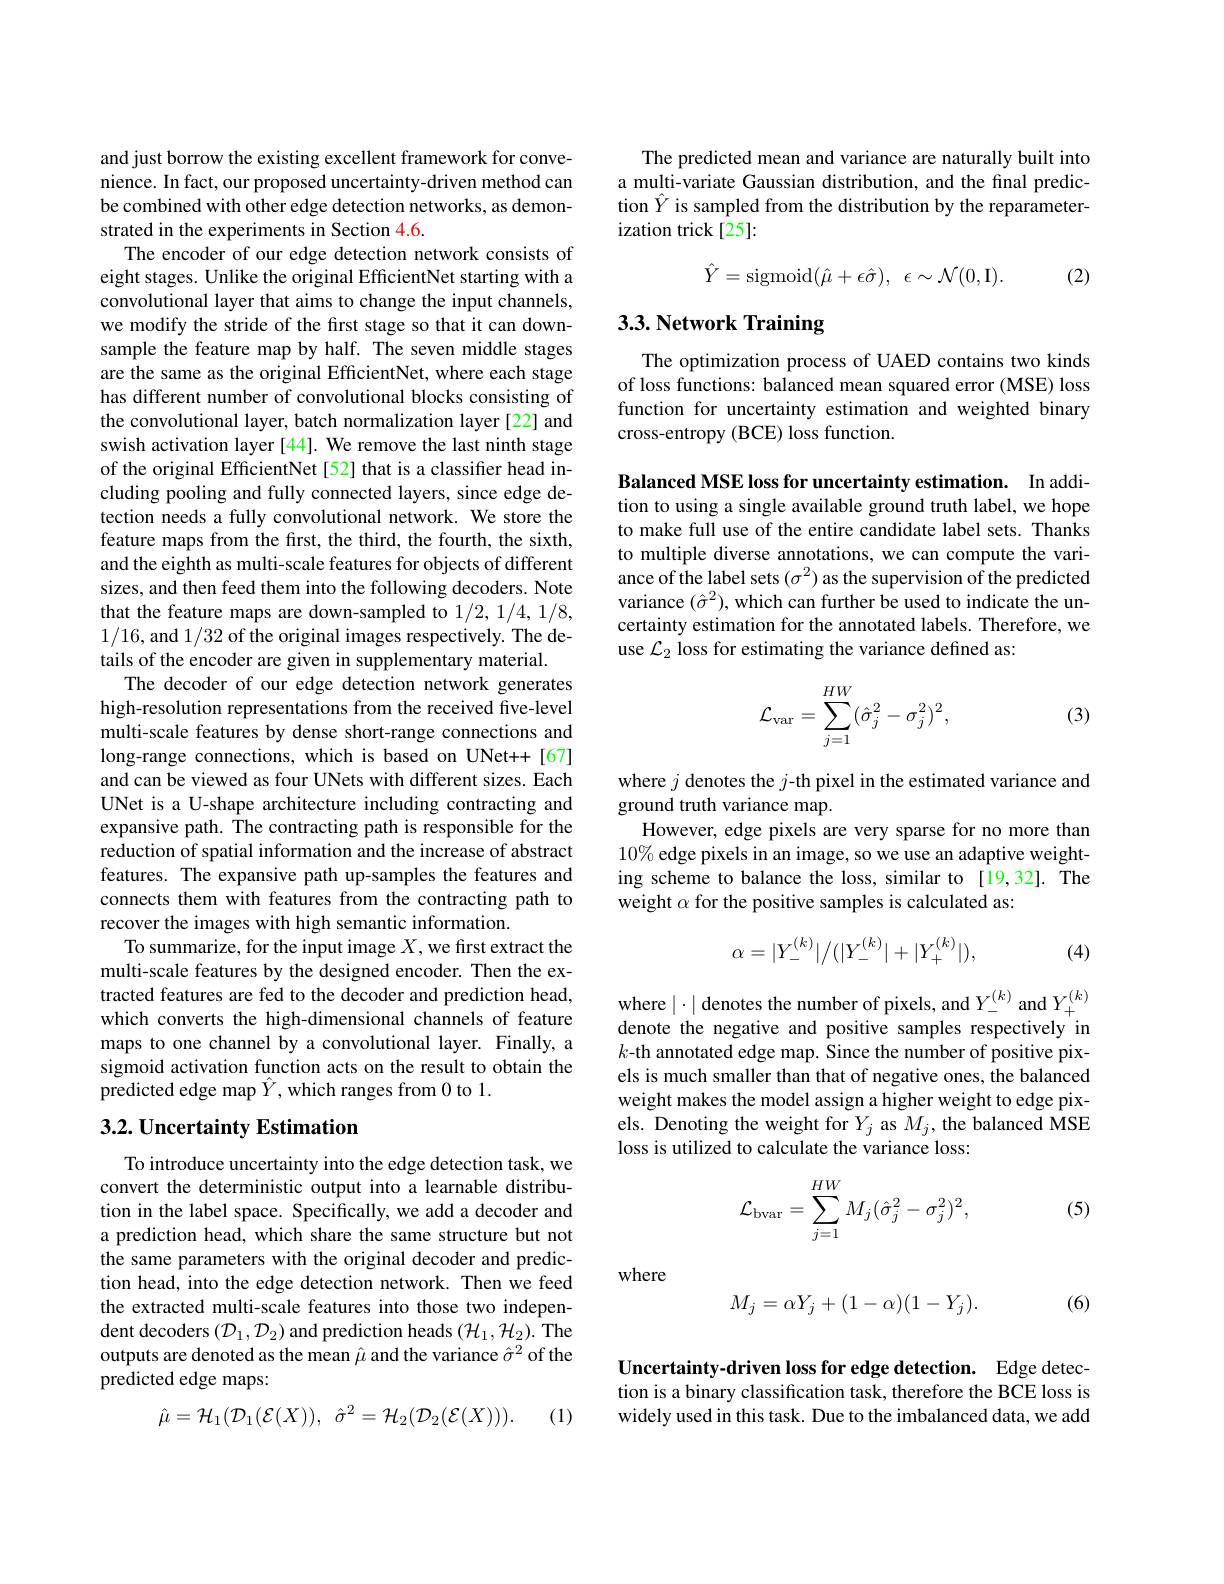
and just borrow the existing excellent framework for convenience. In fact, our proposed uncertainty-driven method can be combined with other edge detection networks, as demonstrated in the experiments in Section 4.6.
The encoder of our edge detection network consists of eight stages. Unlike the original EfficientNet starting with a convolutional layer that aims to change the input channels, we modify the stride of the first stage so that it can downsample the feature map by half. The seven middle stages are the same as the original EfficientNet, where each stage has different number of convolutional blocks consisting of the convolutional layer, batch normalization layer [22] and swish activation layer [44]. We remove the last ninth stage of the original EfficientNet [52] that is a classifier head including pooling and fully connected layers, since edge detection needs a fully convolutional network. We store the feature maps from the first, the third, the fourth, the sixth, and the eighth as multi-scale features for objects of different sizes, and then feed them into the following decoders. Note that the feature maps are down-sampled to 1/2, 1/4, 1/8, 1/16, and 1/32 of the original images respectively. The details of the encoder are given in supplementary material
The decoder of our edge detection network generates high-resolution representations from the received five-level multi-scale features by dense short-range connections and long-range connections, which is based on UNet++[67] and can be viewed as four UNets with different sizes. Each UNet is a U-shape architecture including contracting and expansive path. The contracting path is responsible for the reduction of spatial information and the increase of abstract features. The expansive path up-samples the features and connects them with features from the contracting path to recover the images with high semantic information
To summarize, for the input image $X$,we first extract the multi-scale features by the designed encoder. Then the extracted features are fed to the decoder and prediction head, which converts the high-dimensional channels of feature maps to one channel by a convolutional layer. Finally, a sigmoid activation function acts on the result to obtain the predicted edge map $\hat{Y}$,which ranges from 0 to 1.
$3. 2. \textbf{ Uncertainty Estimation}$

To introduce uncertainty into the edge detection task, we convert the deterministic output into a learnable distribution in the label space. Specifically, we add a decoder and a prediction head, which share the same structure but not the same parameters with the original decoder and prediction head, into the edge detection network. Then we feed the extracted multi-scale features into those two independent decoders $(\mathcal{D}_1,\mathcal{D}_2)$ and prediction heads $(\mathcal{H}_1,\mathcal{H}_2).$ The outputs are denoted as the mean $\hat{\mu}$ and the variance $\hat{\sigma}^2$ of the predicted edge maps:
$$\hat{\mu}=\mathcal{H}_{1}(\mathcal{D}_{1}(\mathcal{E}(X)),\:\hat{\sigma}^{2}=\mathcal{H}_{2}(\mathcal{D}_{2}(\mathcal{E}(X))).$$
(1)

The predicted mean and variance are naturally built into a multi-variate Gaussian distribution, and the final prediction $\hat{Y}$ is sampled from the distribution by the reparameterization trick [25]:
$$\hat{Y}=\mathrm{sigmoid}(\hat{\mu}+\epsilon\hat{\sigma}),\:\epsilon\sim\mathcal{N}(0,\mathrm{I}).$$
(2)

# 3.3. Network Training

The optimization process of UAED contains two kinds of loss functions: balanced mean squared error (MSE) loss function for uncertainty estimation and weighted binary cross-entropy (BCE) loss function.

Balanced MSE loss for uncertainty estimation. In addition to using a single available ground truth label, we hope to make full use of the entire candidate label sets. Thanks to multiple diverse annotations, we can compute the variance of the label sets $(\sigma^2)$ as the supervision of the predicted variance $(\hat{\sigma}^{2})$, which can further be used to indicate the uncertainty estimation for the annotated labels. Therefore, we use $\mathcal{L}_2$ loss for estimating the variance defined as:

(3)
$$\mathcal{L}_{\mathrm{var}}=\sum_{j=1}^{HW}(\hat{\sigma}_{j}^{2}-\sigma_{j}^{2})^{2},$$
where $j$ denotes the $j$-th pixel in the estimated variance and
ground truth variance map.
However, edge pixels are very sparse for no more than $10\%$ edge pixels in an image, so we use an adaptive weighting scheme to balance the loss, similar to[19,32]. The weight $\alpha$ for the positive samples is calculated as:
$$\alpha=|Y_-^{(k)}|/(|Y_-^{(k)}|+|Y_+^{(k)}|),$$
(4)

where $|\cdot|$ denotes the number of pixels, and $Y_-^{(k)}$ and $Y_+^{(k)}$ denote the negative and positive samples respectively in $k$-th annotated edge map. Since the number of positive pixels is much smaller than that of negative ones, the balanced weight makes the model assign a higher weight to edge pixels. Denoting the weight for $Y_{j}$ as $M_{j}$, the balanced MSE loss is utilized to calculate the variance loss:
$$\mathcal{L}_{\mathrm{bvar}}=\sum_{j=1}^{HW}M_{j}(\hat{\sigma}_{j}^{2}-\sigma_{j}^{2})^{2},$$
(5)

where
$$M_j=\alpha Y_j+(1-\alpha)(1-Y_j).$$
(6)

Uncertainty-driven loss for edge detection. Edge detection is a binary classification task, therefore the BCE loss is widely used in this task. Due to the imbalanced data, we add